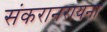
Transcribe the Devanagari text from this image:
संकरानरायना